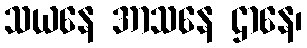
သယနေ အာသနေ ဌာနေ၊